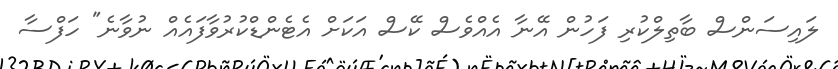
ލައިސަންސް ބާތިލްކުރި ފަހުން އޭނާ އެއްވެސް ކޭސް އަކަށް އެޓެންޑްކުރުވާފައެއް ނުވާނެ" ހަފްސާ